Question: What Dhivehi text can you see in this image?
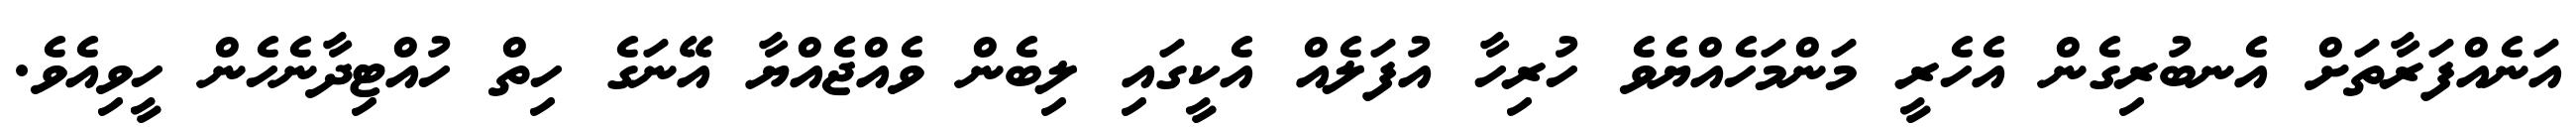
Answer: އަނެއްފަރާތަށް އެނބުރިގެން އެހެރީ މަންމަހެއްޔެވެ ހުރިހާ އުފަލެއް އެކީގައި ލިބެން ވެއްޖެއްޔާ އޭނަގެ ހިތް ހުއްޓިދާނެހެން ހީވިއެވެ.